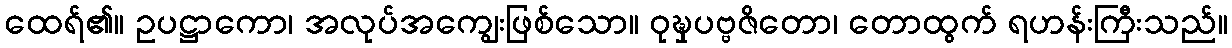
ထေရ်၏။ ဥပဋ္ဌာကော၊ အလုပ်အကျွေးဖြစ်သော။ ဝုဍ္ဎှပဗ္ဗဇိတော၊ တောထွက် ရဟန်းကြီးသည်။